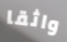
واثقا